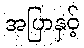
အပြာနှင့်